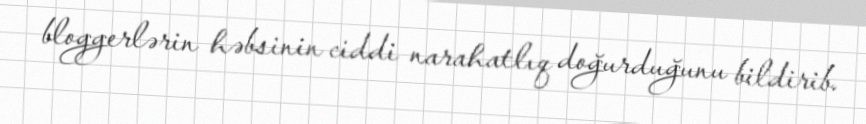
bloggerlərin həbsinin ciddi narahatlıq doğurduğunu bildirib.